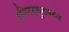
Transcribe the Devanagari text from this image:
इन्स्टिट्युटमध्ये